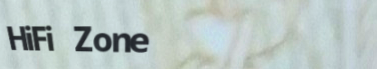
HiFi Zone